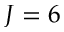
J = 6